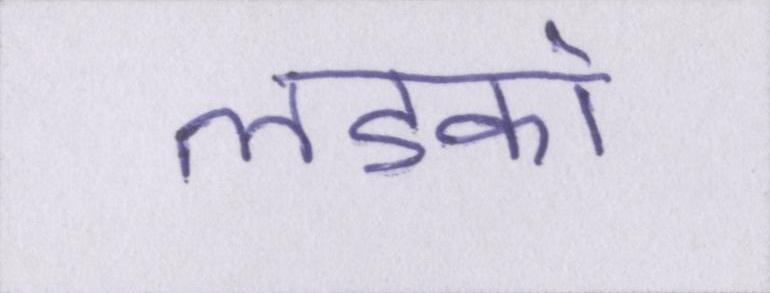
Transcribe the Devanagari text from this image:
लडको